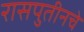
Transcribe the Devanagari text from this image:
रासपुतीनचे